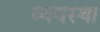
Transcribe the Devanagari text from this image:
व्‍यवस्था